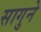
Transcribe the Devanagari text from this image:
सागुने